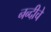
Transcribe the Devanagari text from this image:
नन्दीचे